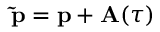
\mathbf { \tilde { p } } = \mathbf { p } + \mathbf { A } ( \tau )